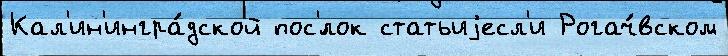
Кал'ин'ингра́дской пос'́лок статьиjесл'и Рогач́вском